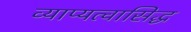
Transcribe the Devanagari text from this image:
व्याप्यत्वासिद्ध